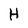
Character: H